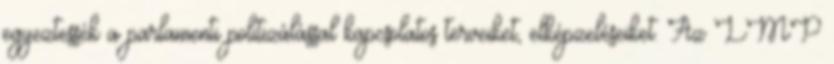
egyeztessék a parlamenti politizálással kapcsolatos terveiket, elképzeléseiket. Az LMP